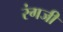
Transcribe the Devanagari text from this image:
रंगजी